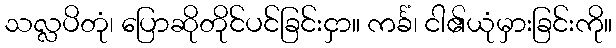
သလ္လပိတုံ၊ ပြောဆိုတိုင်ပင်ခြင်းငှာ။ ကင်္ခံ၊ ငါ၏ယုံမှားခြင်းကို။